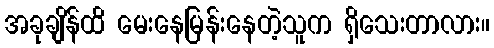
အခုချိန်ထိ မေးနေမြန်းနေတဲ့သူက ရှိသေးတာလား။